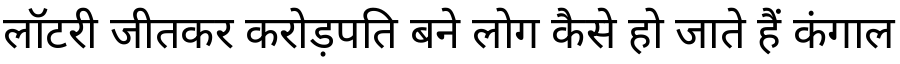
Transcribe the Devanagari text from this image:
लॉटरी जीतकर करोड़पति बने लोग कैसे हो जाते हैं कंगाल